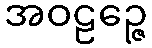
အဝဠဉ္ဇေ